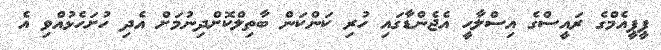
ޕީޕީއެމްގެ ރައީސްގެ އިސްލާހީ އެޖެންޑާގައި ހުރި ކަންކަން ބާތިލްކޮށްދިނުމަށް އެދި ހުށަހެޅުއްވި އެ